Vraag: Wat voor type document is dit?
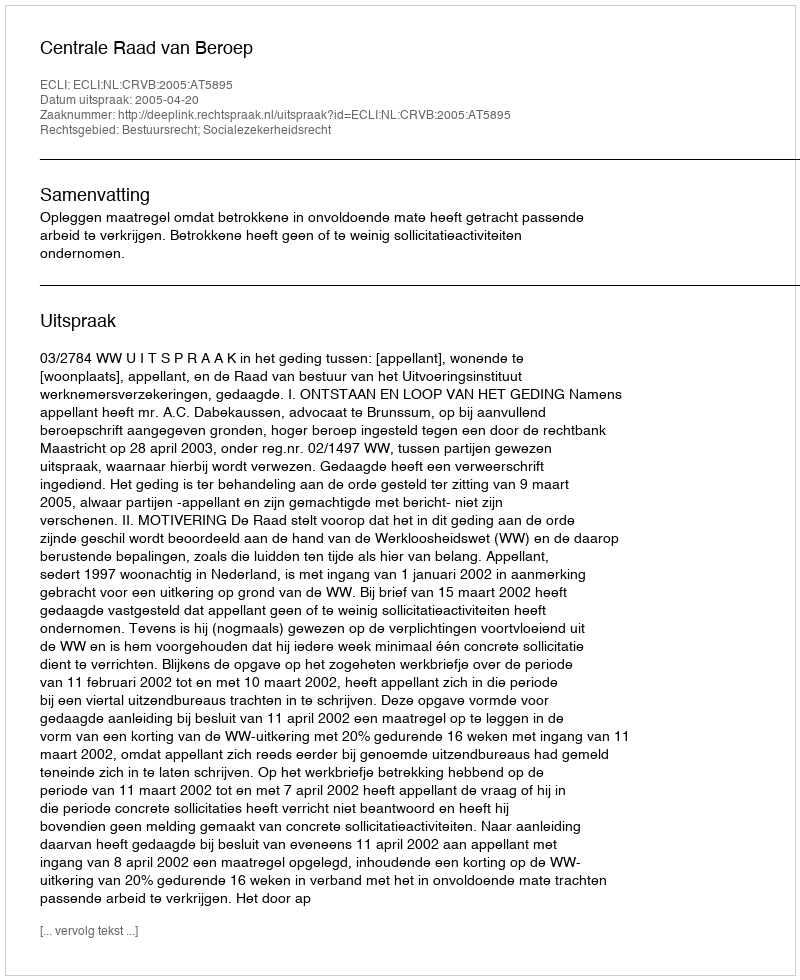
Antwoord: Uitspraak